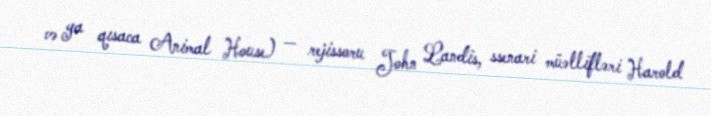
və ya qısaca Animal House) — rejissoru John Landis, ssenari müəllifləri Harold